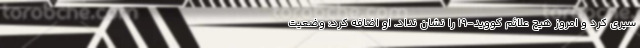
سپری کرد و امروز هیچ علائم کووید-۱۹ را نشان نداد. او اضافه کرد: وضعیت